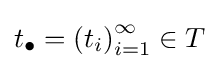
t_{\bullet }=\left(t_{i}\right)_{i=1}^{\infty }\in T